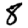
Digit: 8